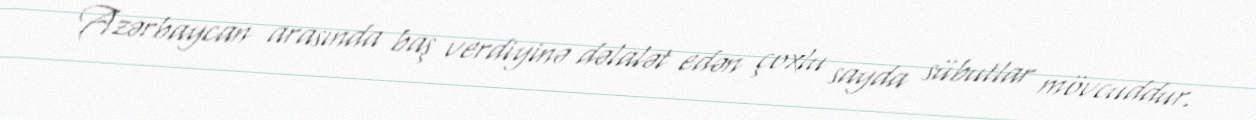
Azərbaycan arasında baş verdiyinə dəlalət edən çoxlu sayda sübutlar mövcuddur.